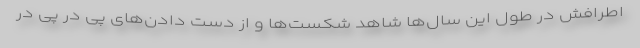
اطرافش در طول این سال‌ها شاهد شکست‌ها و از دست دادن‌های پی در پی در